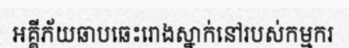
អគ្គីភ័យឆាបឆេះរោងស្នាក់នៅរបស់កម្មករ